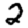
Digit: 2